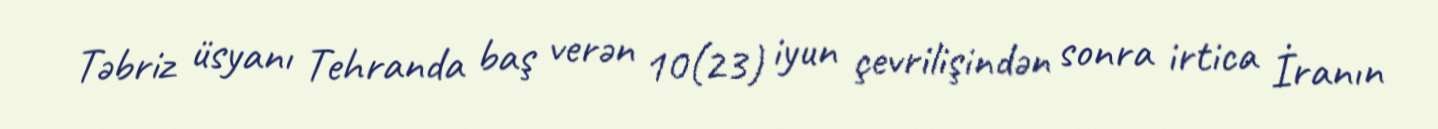
Təbriz üsyanı Tehranda baş verən 10(23) iyun çevrilişindən sonra irtica İranın